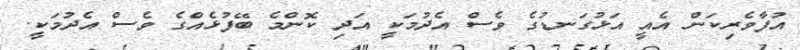
އުފާވެރިކަން އެއީ އަޅުގަނޑުގެ ވެސް އެދުމަކީ އަދި ކޮންމެ ބޭފުޅެއްގެ ވެސް އެދުމަކީ.